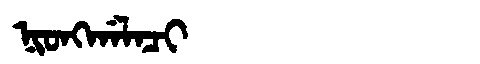
Manchu: ᠨᡳᠣᠩᡤᠠᠯᠠᠴᡳ
Romanization: NIONGGALACI